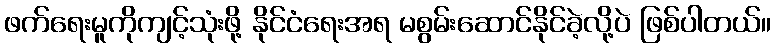
ဖက်ရေးမူကိုကျင့်သုံးဖို့ နိုင်ငံရေးအရ မစွမ်းဆောင်နိုင်ခဲ့လို့ပဲ ဖြစ်ပါတယ်။